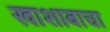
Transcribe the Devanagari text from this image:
खाशाबाचा